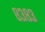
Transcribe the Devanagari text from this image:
८३८३